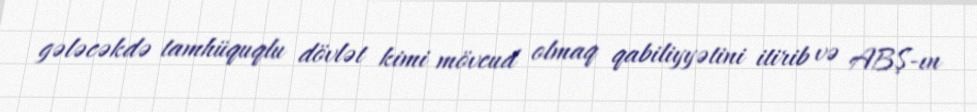
gələcəkdə tamhüquqlu dövlət kimi mövcud olmaq qabiliyyətini itirib və ABŞ-ın